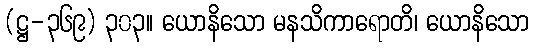
(ဋ္ဌ-၃၆၉) ၃၀၃။ ယောနိသော မနသိကာရောတိ၊ ယောနိသော